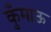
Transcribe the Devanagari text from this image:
कुँमाऊ